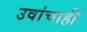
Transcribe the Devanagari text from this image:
उवांचाही